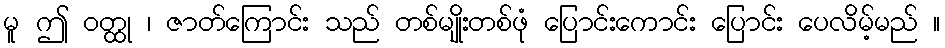
မူ ဤ ဝတ္ထု ၊ ဇာတ်ကြောင်း သည် တစ်မျိုးတစ်ဖုံ ပြောင်းကောင်း ပြောင်း ပေလိမ့်မည် ။